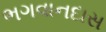
ભગવાનદાસ